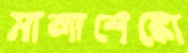
মালাশেঙ্কো